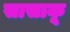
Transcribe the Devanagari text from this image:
सासाकू